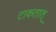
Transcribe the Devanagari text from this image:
टाकतात्